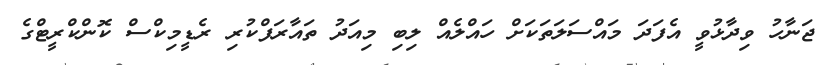
ޖަނާހު ވިދާޅުވީ އެފަދަ މައްސަލަތަކަށް ހައްލެއް ލިބި މިއަދު ތައާރަފްކުރި ރެޑީމިކްސް ކޮންކްރީޓްގެ